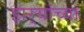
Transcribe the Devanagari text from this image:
झर्‍यांच्या